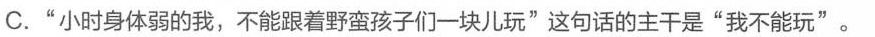
C."从小身体弱的我，不能跟着野蛮的孩子们一块儿玩"这句话的主干是“我不能玩”。